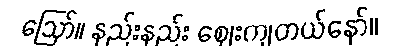
ဪ။ နည်းနည်း ဈေးကျတယ်နော်။